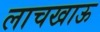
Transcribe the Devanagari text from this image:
लाचखाऊ